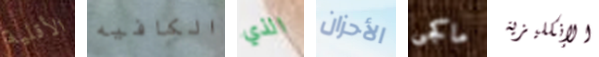
الأقلية الكافيه الذي الأحزان ماكجى الإنكليزية